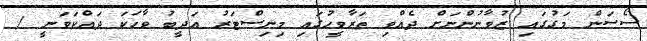
ސޯސަން މަގުގައި ޒުވާނުންނަށް ދެއްވި ތަރާވީހުގައި މިނިސްޓަރު އަދީބު ވާހަކަ ދައްކަވަނީ /